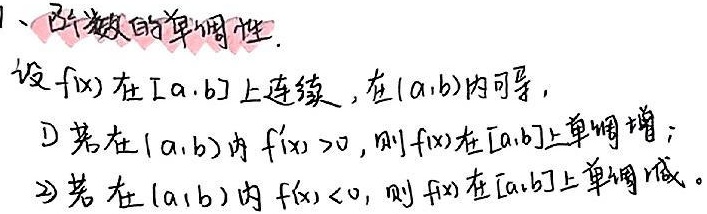
1、函数的单调性.设\(f(x)\)在\([a,b]\)上连续，在\((a,b)\)内可导，
\begin{enumerate}
\item 若在\((a,b)\)内\(f'(x) > 0\)，则\(f(x)\)在\([a,b]\)上单调增；
\item 若在\((a,b)\)内\(f'(x) < 0\)，则\(f(x)\)在\([a,b]\)上单调减。
\end{enumerate}